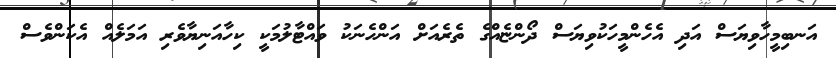
އަނބިމީހާވިޔަސް އަދި އެހެންމީހަކުވިޔަސް ދޯންޏެއްގެ ތެރެއަށް އަންހެނަކު ވައްޓާލުމަކީ ކިހާއަނިޔާވެރި އަމަލެއް އެކަންވެސް